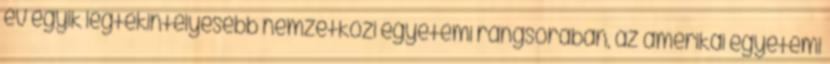
év egyik legtekintélyesebb nemzetközi egyetemi rangsorában, az amerikai egyetemi